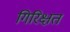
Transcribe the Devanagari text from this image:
गिरिक्षत